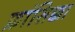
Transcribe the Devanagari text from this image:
फ्रांसिक्का